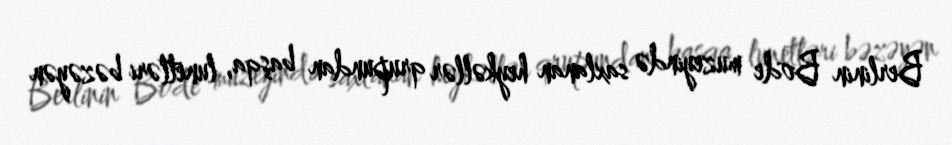
Berlinin Bode muzeyində saxlanan heykəllər qrupundan başqa, lunetləri bəzəyən